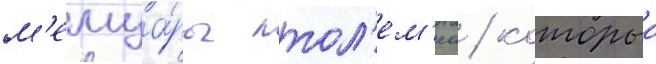
м'емуа́ры птол'ем'еа / которыи